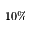
1 0 \%